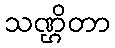
သဏ္ဌိတာ